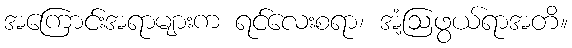
အကြောင်းအရာများက ရင်လေးစရာ၊ အံ့ဩဖွယ်ရာအတိ။